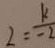
2 = \frac { k } { - 2 }